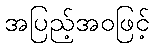
အပြည့်အဝဖြင့်